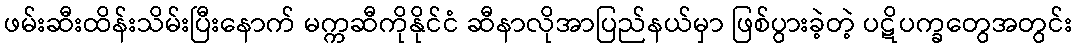
ဖမ်းဆီးထိန်းသိမ်းပြီးနောက် မက္ကဆီကိုနိုင်ငံ ဆီနာလိုအာပြည်နယ်မှာ ဖြစ်ပွားခဲ့တဲ့ ပဋိပက္ခတွေအတွင်း